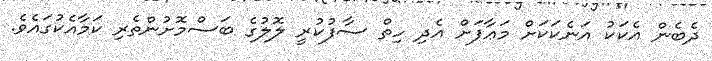
ދެބެން އެކަކު އަނެކަކަށް މަޢާފަށް އެދި ހިތް ސާފުކުރީ ލޮލުގެ ބަސްމޮށުންތެރި ކަމާއެކުގައެވެ.